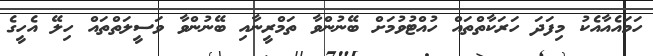
ހަމައެއާއެކު މިފަދަ ހަރަކާތްތައް ހުއްޓުވުމަށް ބޭނުންވާ ތަމްރީނާއި ބޭނުންވާ ވަސީލަތްތައް ހިލޭ އެހީގެ